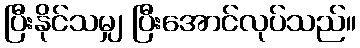
ပြီးနိုင်သမျှ ပြီးအောင်လုပ်သည်။